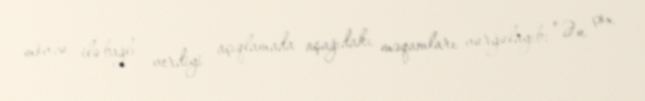
mövzu ilə bağlı verdiyi açıqlamada aşağıdakı məqamları vurğulayıb: “Ən çox